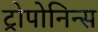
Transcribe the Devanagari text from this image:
ट्रोपोनिन्स